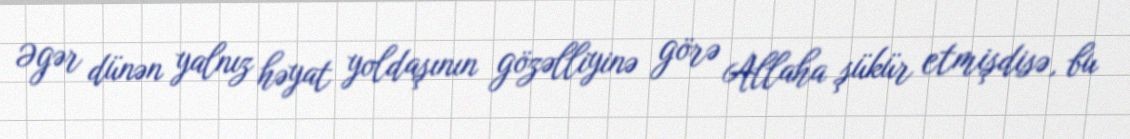
Əgər dünən yalnız həyat yoldaşının gözəlliyinə görə Allaha şükür etmişdisə, bu